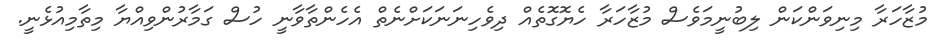
މުޒާހަރާ މިނިވަންކަން ލިބުނީމަވެސް މުޒާހަރާ ހެޔޮގޮތެއް ދިވެހިނަނަކަށްނެތް އެހެންތާވާނީ ހުސް ގަމާރުންވިއްޔާ މިތާމިއުޅެނީ.